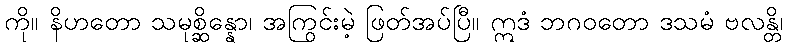
ကို။ နိဟတော သမုစ္ဆိန္နော၊ အကြွင်းမဲ့ ဖြတ်အပ်ပြီ။ ဣဒံ ဘဂဝတော ဒသမံ ဗလန္တိ၊